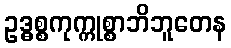
ဥဒ္ဓစ္စကုက္ကုစ္စာဘိဘူတေန